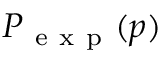
P _ { \mathrm { ~ e ~ x ~ p ~ } } ( p )